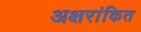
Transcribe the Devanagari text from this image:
अक्षरांकित